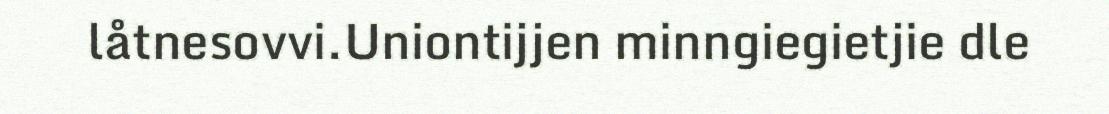
låtnesovvi.Uniontijjen minngiegietjie dle